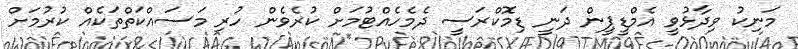
މަނިކު ވިދާޅުވީ އެމްޑީޕީން ދަނީ ޑިމޮކްރަސީ ދެމެހެއްޓުމަށް ކުރެވެން ހުރި މަސައްކަތްތަކެއް ކުރުމަށް